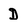
Character: D